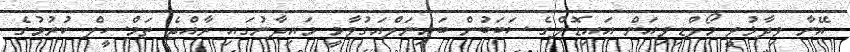
އޭނާ ވިދާޅުވީ މޯލްޑިވިއަން އައިޑޮލްގެ ސަބަބުން ބައިނަލްއަގުވާމީ މައިދާނުގައި ރާއްޖެ ތަމްސީލް ކުރުމުގެ